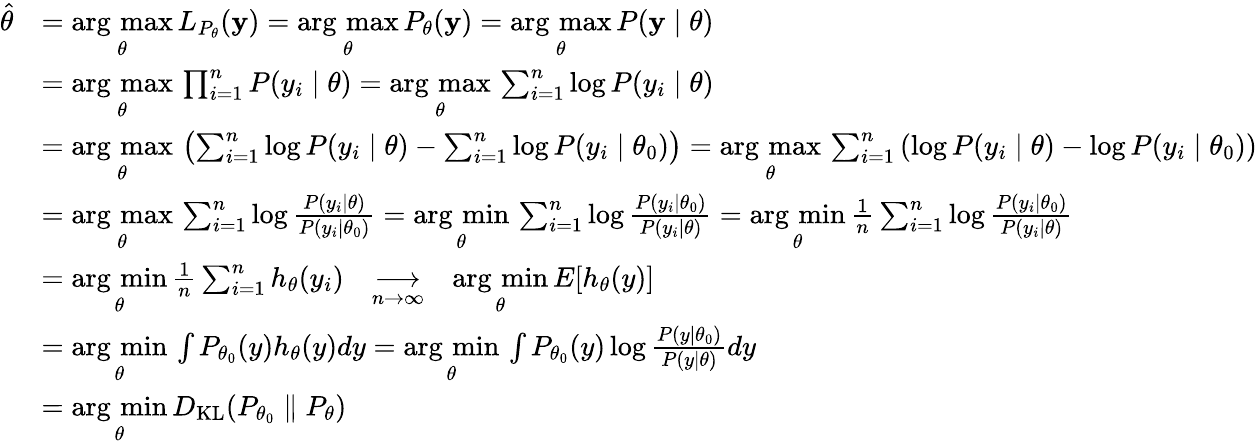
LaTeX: {\begin{array}{rl}{{\hat{\theta}}}&{={\underset{\theta}{\operatorname{arg\, max}}}\, L_{P_{\theta}}(\mathbf{y})={\underset{\theta}{\operatorname{arg\, max}}}\, P_{\theta}(\mathbf{y})={\underset{\theta}{\operatorname{arg\, max}}}\, P(\mathbf{y}\mid\theta)}\\ &{={\underset{\theta}{\operatorname{arg\, max}}}\, \prod_{i=1}^{n}P(y_{i}\mid\theta)={\underset{\theta}{\operatorname{arg\, max}}}\, \sum_{i=1}^{n}\log P(y_{i}\mid\theta)}\\ &{={\underset{\theta}{\operatorname{arg\, max}}}\, \left(\sum_{i=1}^{n}\log P(y_{i}\mid\theta)-\sum_{i=1}^{n}\log P(y_{i}\mid\theta_{0})\right)={\underset{\theta}{\operatorname{arg\, max}}}\, \sum_{i=1}^{n}\left(\log P(y_{i}\mid\theta)-\log P(y_{i}\mid\theta_{0})\right)}\\ &{={\underset{\theta}{\operatorname{arg\, max}}}\, \sum_{i=1}^{n}\log{\frac{P(y_{i}\mid\theta)}{P(y_{i}\mid\theta_{0})}}={\underset{\theta}{\operatorname{arg\, min}}}\, \sum_{i=1}^{n}\log{\frac{P(y_{i}\mid\theta_{0})}{P(y_{i}\mid\theta)}}={\underset{\theta}{\operatorname{arg\, min}}}\, {\frac{1}{n}}\sum_{i=1}^{n}\log{\frac{P(y_{i}\mid\theta_{0})}{P(y_{i}\mid\theta)}}}\\ &{={\underset{\theta}{\operatorname{arg\, min}}}\, {\frac{1}{n}}\sum_{i=1}^{n}h_{\theta}(y_{i})\quad{\underset{n\to\infty}{\longrightarrow}}\quad{\underset{\theta}{\operatorname{arg\, min}}}\, E[h_{\theta}(y)]}\\ &{={\underset{\theta}{\operatorname{arg\, min}}}\, \int P_{\theta_{0}}(y)h_{\theta}(y)dy={\underset{\theta}{\operatorname{arg\, min}}}\, \int P_{\theta_{0}}(y)\log{\frac{P(y\mid\theta_{0})}{P(y\mid\theta)}}dy}\\ &{={\underset{\theta}{\operatorname{arg\, min}}}\, D_{\mathrm{KL}}(P_{\theta_{0}}\parallel P_{\theta})}\end{array}}